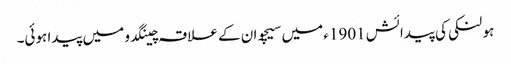
ہو لنکی کی پیدائش 1901ء میں سیچوان کے علاقہ چینگدو میں پیدا ہوئی۔